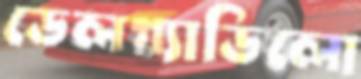
ডেলগ্যাডিলো